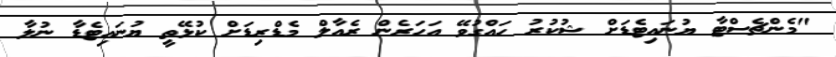
"މެންޗެސްޓާ ޔުނައިޓެޑަށް ޝުކުރު ހައްގުވޭ އަހަރެން ރެއާލް މެޑްރިޑަށް ކުޅޭތީ ޔުނައިޓެޑާ ނުލާ